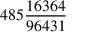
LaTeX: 4 8 5 { \frac { 1 6 3 6 4 } { 9 6 4 3 1 } }